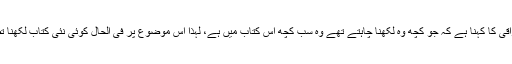
ڈاکٹر تحسین فراقی کا کہنا ہے کہ جو کچھ وہ لکھنا چاہتے تھے وہ سب کچھ اس کتاب میں ہے، لہٰذا اس موضوع پر فی الحال کوئی نئی کتاب لکھنا تضیع اوقات ہے۔